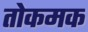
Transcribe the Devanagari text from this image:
तोकमक